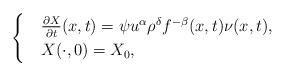
LaTeX: \begin{align*} \begin{cases} &\frac{\partial X}{\partial t}(x,t)=\psi u^\alpha\rho^\delta f^{-\beta}(x,t) \nu(x,t),\\ &X(\cdot,0)=X_0, \end{cases} \end{align*}